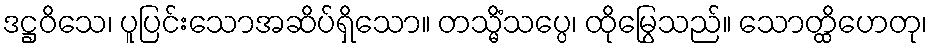
ဒဋ္ဌဝိသေ၊ ပူပြင်းသောအဆိပ်ရှိသော။ တသ္မိံသပ္ပေ၊ ထိုမြွေသည်။ သောတ္ထိဟေတု၊